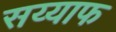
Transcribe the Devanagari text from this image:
सय्याफ